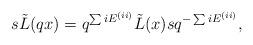
LaTeX: \begin{align*}s\tilde{L}(qx) =q^{\sum iE^{(ii)}}\tilde{L}(x) sq^{-\sum iE^{(ii)}},\end{align*}